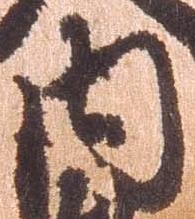
内